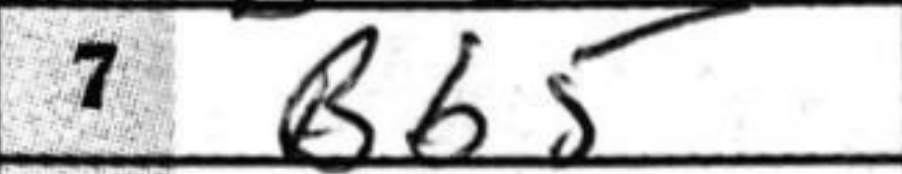
Transcription: Bb5